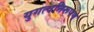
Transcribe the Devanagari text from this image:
युगत्वनिरूपण